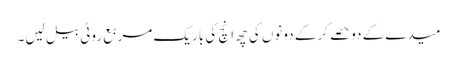
میدے کے دو حصے کر کے دونوں کی چھ انچ کی باریک مربع روٹی بیل لیں۔